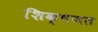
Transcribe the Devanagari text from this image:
शिक्षणत